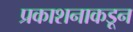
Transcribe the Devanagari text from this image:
प्रकाशनाकडून